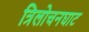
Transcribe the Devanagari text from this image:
त्रिलोचनघाट